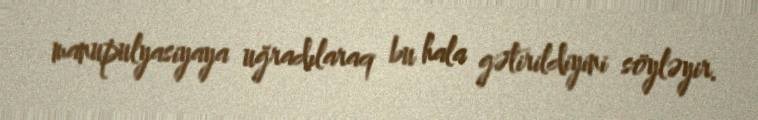
manupulyasiyaya uğradılaraq bu hala gətirildiyini söyləyir.